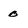
Character: 0